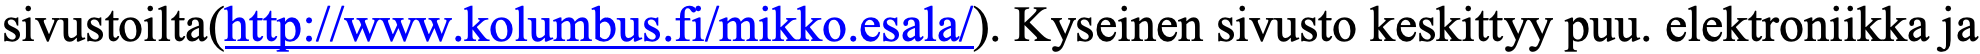
sivustoilta(http://www.kolumbus.fi/mikko.esala/). Kyseinen sivusto keskittyy puu. elektroniikka ja